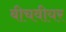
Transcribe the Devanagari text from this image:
बीचवीयर